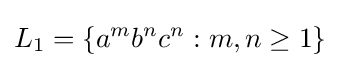
L_{1}=\{a^{m}b^{n}c^{n}:m,n\geq 1\}